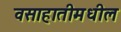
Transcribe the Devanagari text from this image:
वसाहातीमधील